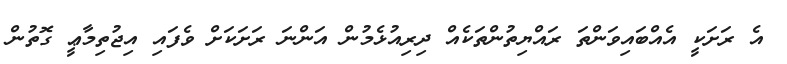
އެ ރަށަކީ އެއްބައިވަންތަ ރައްޔިތުންތަކެއް ދިރިއުޅެމުން އަންނަ ރަށަކަށް ވެފައި އިޖުތިމާޢީ ގޮތުން